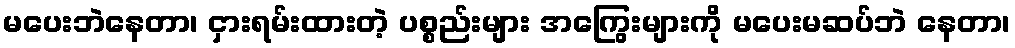
မပေးဘဲနေတာ၊ ငှားရမ်းထားတဲ့ ပစ္စည်းများ အကြွေးများကို မပေးမဆပ်ဘဲ နေတာ၊